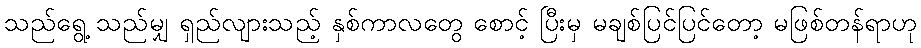
သည်ရွေ့ သည်မျှ ရှည်လျားသည့် နှစ်ကာလတွေ စောင့် ပြီးမှ မချစ်ပြင်ပြင်တော့ မဖြစ်တန်ရာဟု